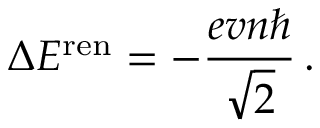
\Delta E ^ { \mathrm { r e n } } = - \frac { e v n \hbar } { \sqrt { 2 } } \, .